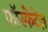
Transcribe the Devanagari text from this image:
फॉस्फेटेज़